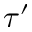
\tau ^ { \prime }